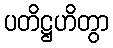
ပတိဋ္ဌဟိတွာ